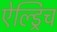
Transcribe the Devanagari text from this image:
ऐल्ड्रिच